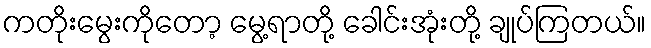
ကတိုးမွေးကိုတော့ မွေ့ရာတို့ ခေါင်းအုံးတို့ ချုပ်ကြတယ်။